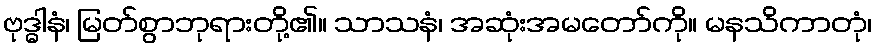
ဗုဒ္ဓါနံ၊ မြတ်စွာဘုရားတို့၏။ သာသနံ၊ အဆုံးအမတော်ကို။ မနသိကာတုံ၊